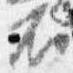
不